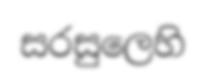
සරසුලෙහි